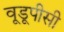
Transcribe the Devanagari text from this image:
वूडूपीसी